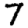
Digit: 7